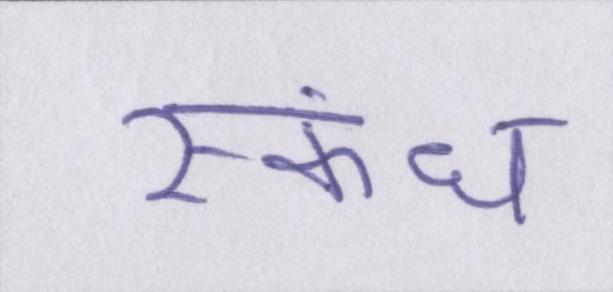
स्कंध